Civil Veterinary Department. United Provinces 1912-22 - 1912-1922
Year: 1912
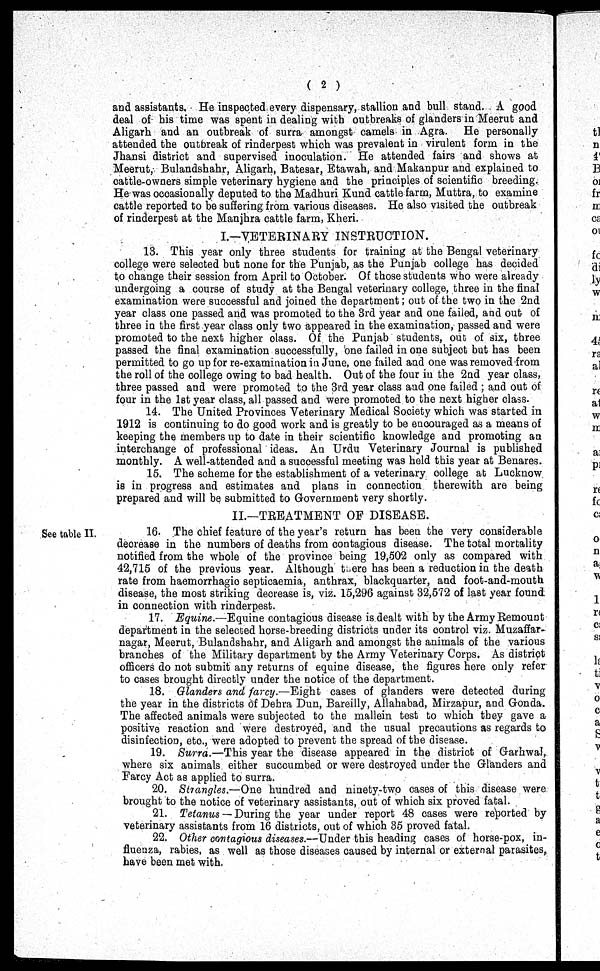
(2)
and assistants. He inspected every dispensary, stallion and bull stand. A good
deal of his time was spent in dealing with outbreaks of glanders in Meerut and
Aligarh and an outbreak of surra amongst camels in Agra. He personally
attended the outbreak of rinderpest which was prevalent in virulent form in the
Jhansi district and supervised inoculation. He attended fairs and shows at
Meerut, Bulandshahr, Aligarh, Batesar, Etawah, and Makanpur and explained to
cattle-owners simple veterinary hygiene and the principles of scientific breeding.
He was occasionally deputed to the Madhuri Kund cattle farm, Muttra, to examine
cattle reported to be suffering from various diseases. He also visited the outbreak
of rinderpest at the Manjhra cattle farm, Kheri.
I.—VETERINARY INSTRUCTION.
13. This year only three students for training at the Bengal veterinary
college were selected but none for the Punjab, as the Punjab college has decided
to change their session from April to October. Of those students who were already
undergoing a course of study at the Bengal veterinary college, three in the final
examination were successful and joined the department; out of the two in the 2nd
year class one passed and was promoted to the 3rd year and one failed, and out of
three in the first year class only two appeared in the examination, passed and were
promoted to the next higher class. Of the Punjab students, out of six, three
passed the final examination successfully, one failed in one subject but has been
permitted to go up for re-examination in June, one failed and one was removed from
the roll of the college owing to bad health. Out of the four in the 2nd year class,
three passed and were promoted to the 3rd year class and one failed; and out of
four in the 1st year class, all passed and were promoted to the next higher class.
14. The United Provinces Veterinary Medical Society which was started in
1912 is continuing to do good work and is greatly to be encouraged as a means of
keeping the members up to date in their scientific knowledge and promoting an
interchange of professional ideas. An Urdu Veterinary Journal is published
monthly. A well-attended and a successful meeting was held this year at Benares.
15. The scheme for the establishment of a veterinary college at Lucknow
is in progress and estimates and plans in connection therewith are being
prepared and will be submitted to Government very shortly.
II.—TREATMENT OF DISEASE.
See table II.
16. The chief feature of the year's return has been the very considerable
decrease in the numbers of deaths from contagious disease. The total mortality
notified from the whole of the province being 19,502 only as compared with
42,715 of the previous year. Although there has been a reduction in the death
rate from haemorrhagic septicaemia, anthrax, blackquarter, and foot-and-mouth
disease, the most striking decrease is, viz. 15,296 against 32,572 of last year found
in connection with rinderpest.
17. Equine.—Equine contagious disease is dealt with by the Army Remount
department in the selected horse-breeding districts under its control viz. Muzaffar-
nagar, Meerut, Bulandshahr, and Aligarh and amongst the animals of the various
branches of the Military department by the Army Veterinary Corps. As district
officers do not submit any returns of equine disease, the figures here only refer
to cases brought directly under the notice of the department.
18. Glanders and farcy.—Eight cases of glanders were detected during
the year in the districts of Dehra Dun, Bareilly, Allahabad, Mirzapur, and Gonda.
The affected animals were subjected to the mallein test to which they gave a
positive reaction and were destroyed, and the usual precautions as regards to
disinfection, etc, were adopted to prevent the spread of the disease.
19. Surra.—This year the disease appeared in the district of Garhwal,
where six animals either succumbed or were destroyed under the Glanders and
Farcy Act as applied to surra.
20. Strangles.—One hundred and ninety-two cases of this disease were
brought to the notice of veterinary assistants, out of which six proved fatal.
21. Tetanus — During the year under report 48 cases were reported by
veterinary assistants from 16 districts, out of which 35 proved fatal.
22. Other contagious diseases.—Under this heading cases of horse-pox, in-
fluenza, rabies, as well as those diseases caused by internal or external parasites,
have been met with.